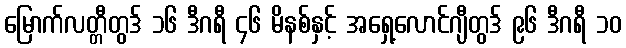
မြောက်လတ္တီတွဒ် ၁၆ ဒီဂရီ ၄၆ မိနစ်နှင့် အရှေ့လောင်ဂျီတွဒ် ၉၆ ဒီဂရီ ၁၀